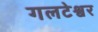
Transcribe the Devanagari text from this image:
गलटेश्वर